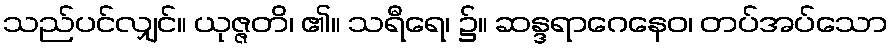
သည်ပင်လျှင်။ ယုဇ္ဇတိ၊ ၏။ သရီရေ၊ ၌။ ဆန္ဒရာဂေနေဝ၊ တပ်အပ်သော